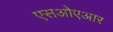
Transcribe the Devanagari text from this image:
एसओएआर